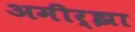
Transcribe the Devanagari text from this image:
अमीर्झा